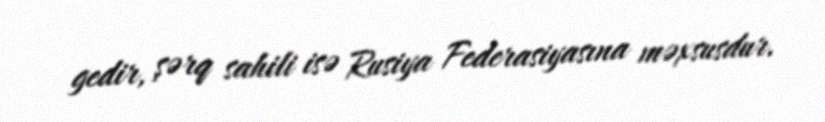
gedir, şərq sahili isə Rusiya Federasiyasına məxsusdur.